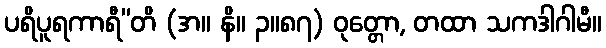
ပရိပူရကာရီ”တိ (အ။ နိ။ ၃။၈၇) ဝုတ္တော, တထာ သကဒါဂါမီ။